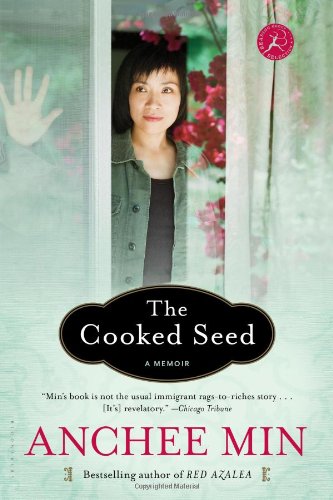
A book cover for The Cooked Seed: A Memoir; Anchee Min; Biographies & Memoirs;